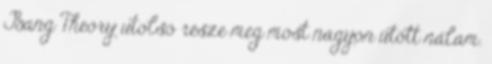
Bang Theory utolsó része meg most nagyon ütött nálam.